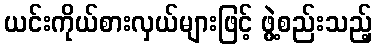
ယင်းကိုယ်စားလှယ်များဖြင့် ဖွဲ့စည်းသည့်